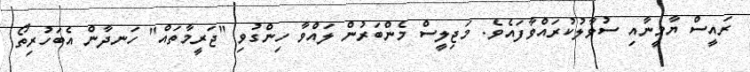
ރައީސް ޔާމީނާއި ސުވާލުކުރައްވާފައެވެ. މަޖިލީސް މެންބަރުން ލައްވާ ހިންގުވި "ޖަރީމާތައް" ހަނދާން އެބަހުރިތޯ